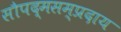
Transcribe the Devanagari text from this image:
सौपद्मसम्प्रदाय